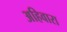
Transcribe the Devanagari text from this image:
अहिवारा